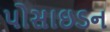
પોસાઇડન